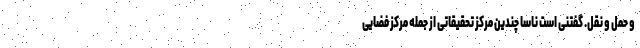
و حمل و نقل. گفتنی است ناسا چندین مرکز تحقیقاتی از جمله مرکز فضایی